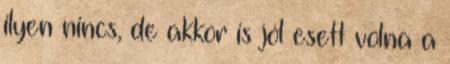
ilyen nincs, de akkor is jól esett volna a